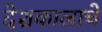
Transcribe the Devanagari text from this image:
देशकालाचे